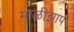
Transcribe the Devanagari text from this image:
माळीझाप